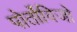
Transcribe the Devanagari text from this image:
पोर्तोविजो